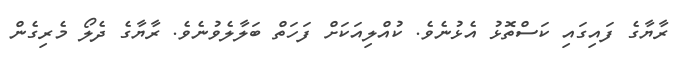
ރާޔާގެ ފައިގައި ކަސްތޮޅު އެޅުނެވެ. ކުއްލިއަކަށް ފަހަތް ބަލާލެވުނެވެ. ރާޔާގެ ދެލޯ މެރިގެން